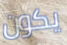
يكون